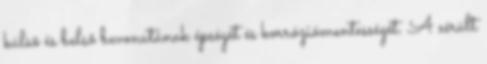
külsõ és belsõ bevonatának épségét és korróziómentességét. A sérült